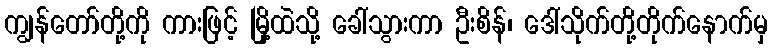
ကျွန်တော်တို့ကို ကားဖြင့် မြို့ထဲသို့ ခေါ်သွားကာ ဦးစိန်၊ ဒေါ်သိုက်တို့တိုက်နောက်မှ